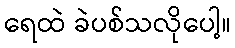
ရေထဲ ခဲပစ်သလိုပေါ့။